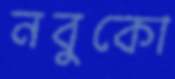
নবুকো